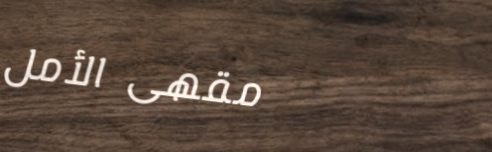
مقهى الأمل